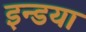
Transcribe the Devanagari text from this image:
इन्डया